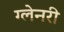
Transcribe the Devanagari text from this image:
ग्‍लेनरी